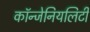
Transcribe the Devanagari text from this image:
कॉन्जेनियलिटी